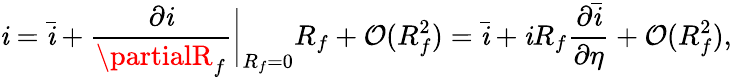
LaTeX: \mathit{i}=\bar{{\mathit{i}}}+\frac{{\partial\mathit{i}}}{{\partialR_{f}}}\bigg\lvert_{R_{f}=0}R_{f}+\mathcal{{O}}(R_{f}^{2})=\bar{{\mathit{i}}}+\mathit{i}R_{f}\frac{{\partial\bar{{\mathit{i}}}}}{{\partial\eta}}+\mathcal{{O}}(R_{f}^{2}),